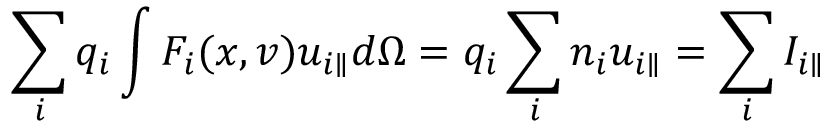
\sum _ { i } q _ { i } \int F _ { i } ( x , v ) u _ { i \parallel } d \Omega = q _ { i } \sum _ { i } n _ { i } u _ { i \parallel } = \sum _ { i } I _ { i \parallel }